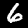
Label: 6